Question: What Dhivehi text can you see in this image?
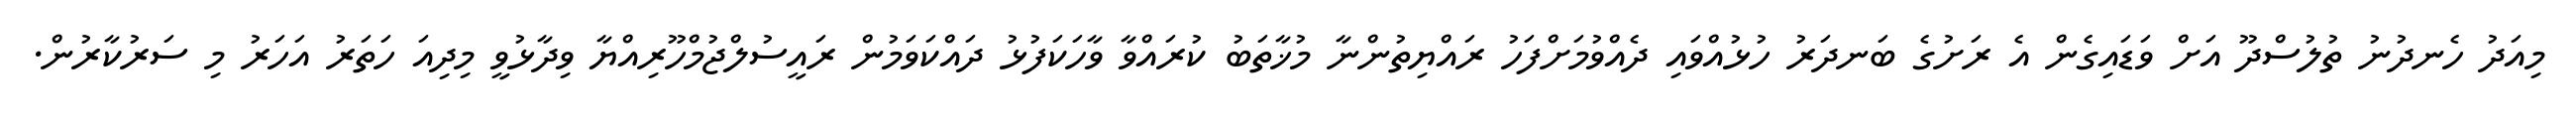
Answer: މިއަދު ހެނދުނު ތުލުސްދޫ އަށް ވަޑައިގެން އެ ރަށުގެ ބަނދަރު ހުޅުއްވައި ދެއްވުމަށްފަހު ރައްޔިތުންނާ މުޚާތަބު ކުރައްވާ ވާހަކަފުޅު ދައްކަވަމުން ރައީސުލްޖުމްހޫރިއްޔާ ވިދާޅުވީ މިދިއަ ހަތަރު އަހަރު މި ސަރުކާރުން.